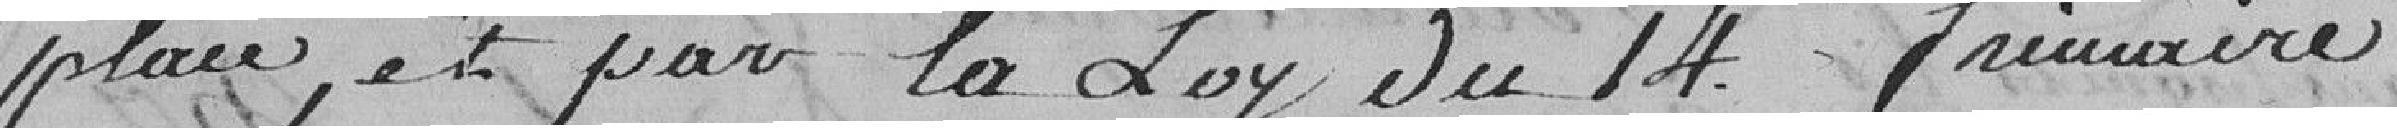
place, et par la loy du 14 frémaire